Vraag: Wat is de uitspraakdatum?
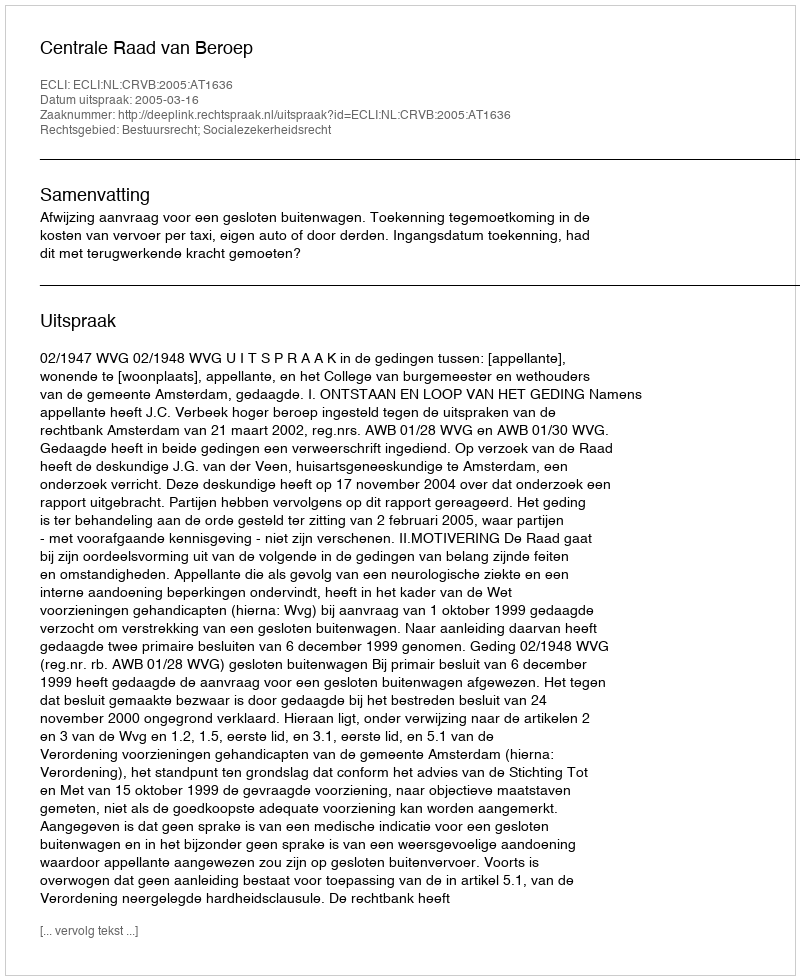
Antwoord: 2005-03-16